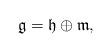
LaTeX: \begin{align*}\mathfrak{g}=\mathfrak{h}\oplus\mathfrak{m},\end{align*}